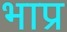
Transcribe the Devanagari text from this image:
भाप्र